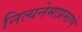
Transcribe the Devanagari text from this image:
नित्यनेमाप्रमाणे